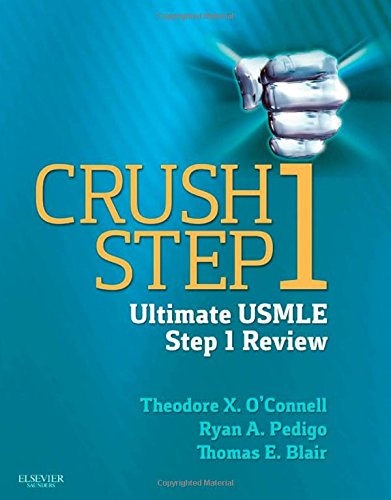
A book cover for Crush Step 1: The Ultimate USMLE Step 1 Review, 1e; Theodore X. O'Connell; Test Preparation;